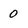
Character: 0